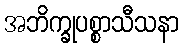
အဘိက္ခုပစ္စာသီသနာ